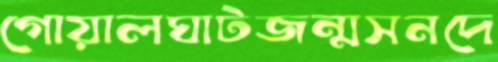
গোয়ালঘাটজন্মসনদে